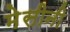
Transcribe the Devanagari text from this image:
मेसीनी